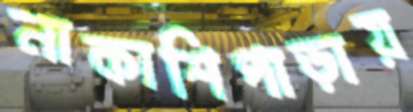
নাকাশিপাড়ায়